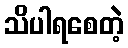
သိပါရစေတဲ့